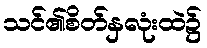
သင်၏စိတ်နှလုံးထဲ၌